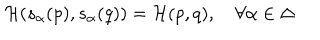
LaTeX: { \cal H } ( s _ { \alpha } ( p ) , s _ { \alpha } ( q ) ) = { \cal H } ( p , q ) , \quad \forall \alpha \in \Delta